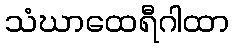
သံဃာထေရီဂါထာ